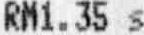
RM1.35 S